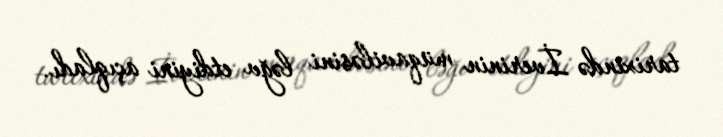
tarixində İverinin müqaviləsini ləğv etdiyini açıqladı.